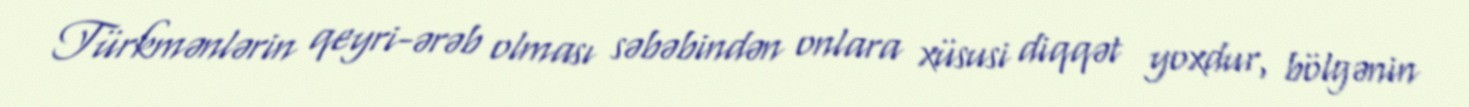
Türkmənlərin qeyri-ərəb olması səbəbindən onlara xüsusi diqqət yoxdur, bölgənin